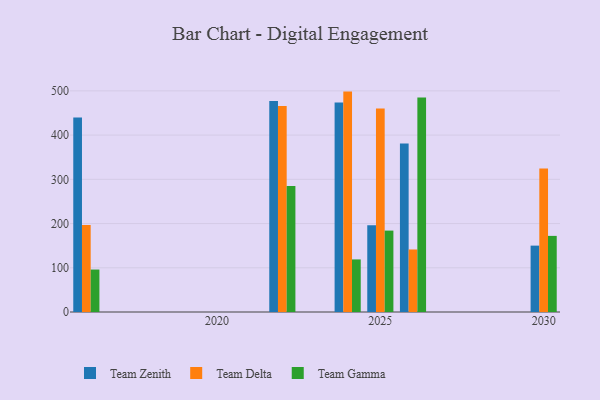
{"axis": {"x": "Year", "y": "Population (Million)"}, "legend": ["Team Delta", "Team Gamma", "Team Zenith"], "data": [{"x": "2022", "y": 477.4, "type": "Team Zenith"}, {"x": "2022", "y": 465.7, "type": "Team Delta"}, {"x": "2022", "y": 284.7, "type": "Team Gamma"}, {"x": "2030", "y": 150.1, "type": "Team Zenith"}, {"x": "2030", "y": 324.6, "type": "Team Delta"}, {"x": "2030", "y": 172.1, "type": "Team Gamma"}, {"x": "2026", "y": 381.2, "type": "Team Zenith"}, {"x": "2026", "y": 141.4, "type": "Team Delta"}, {"x": "2026", "y": 484.8, "type": "Team Gamma"}, {"x": "2016", "y": 439.8, "type": "Team Zenith"}, {"x": "2016", "y": 196.5, "type": "Team Delta"}, {"x": "2016", "y": 96.0, "type": "Team Gamma"}, {"x": "2025", "y": 196.2, "type": "Team Zenith"}, {"x": "2025", "y": 460.2, "type": "Team Delta"}, {"x": "2025", "y": 184.1, "type": "Team Gamma"}, {"x": "2024", "y": 473.6, "type": "Team Zenith"}, {"x": "2024", "y": 498.4, "type": "Team Delta"}, {"x": "2024", "y": 118.9, "type": "Team Gamma"}]}